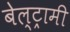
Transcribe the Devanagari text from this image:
बेल्ट्रामी